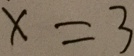
x = 3